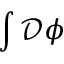
\int { \mathcal { D } } \phi